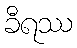
ခီရဿ